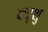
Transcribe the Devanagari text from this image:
क्यूशु